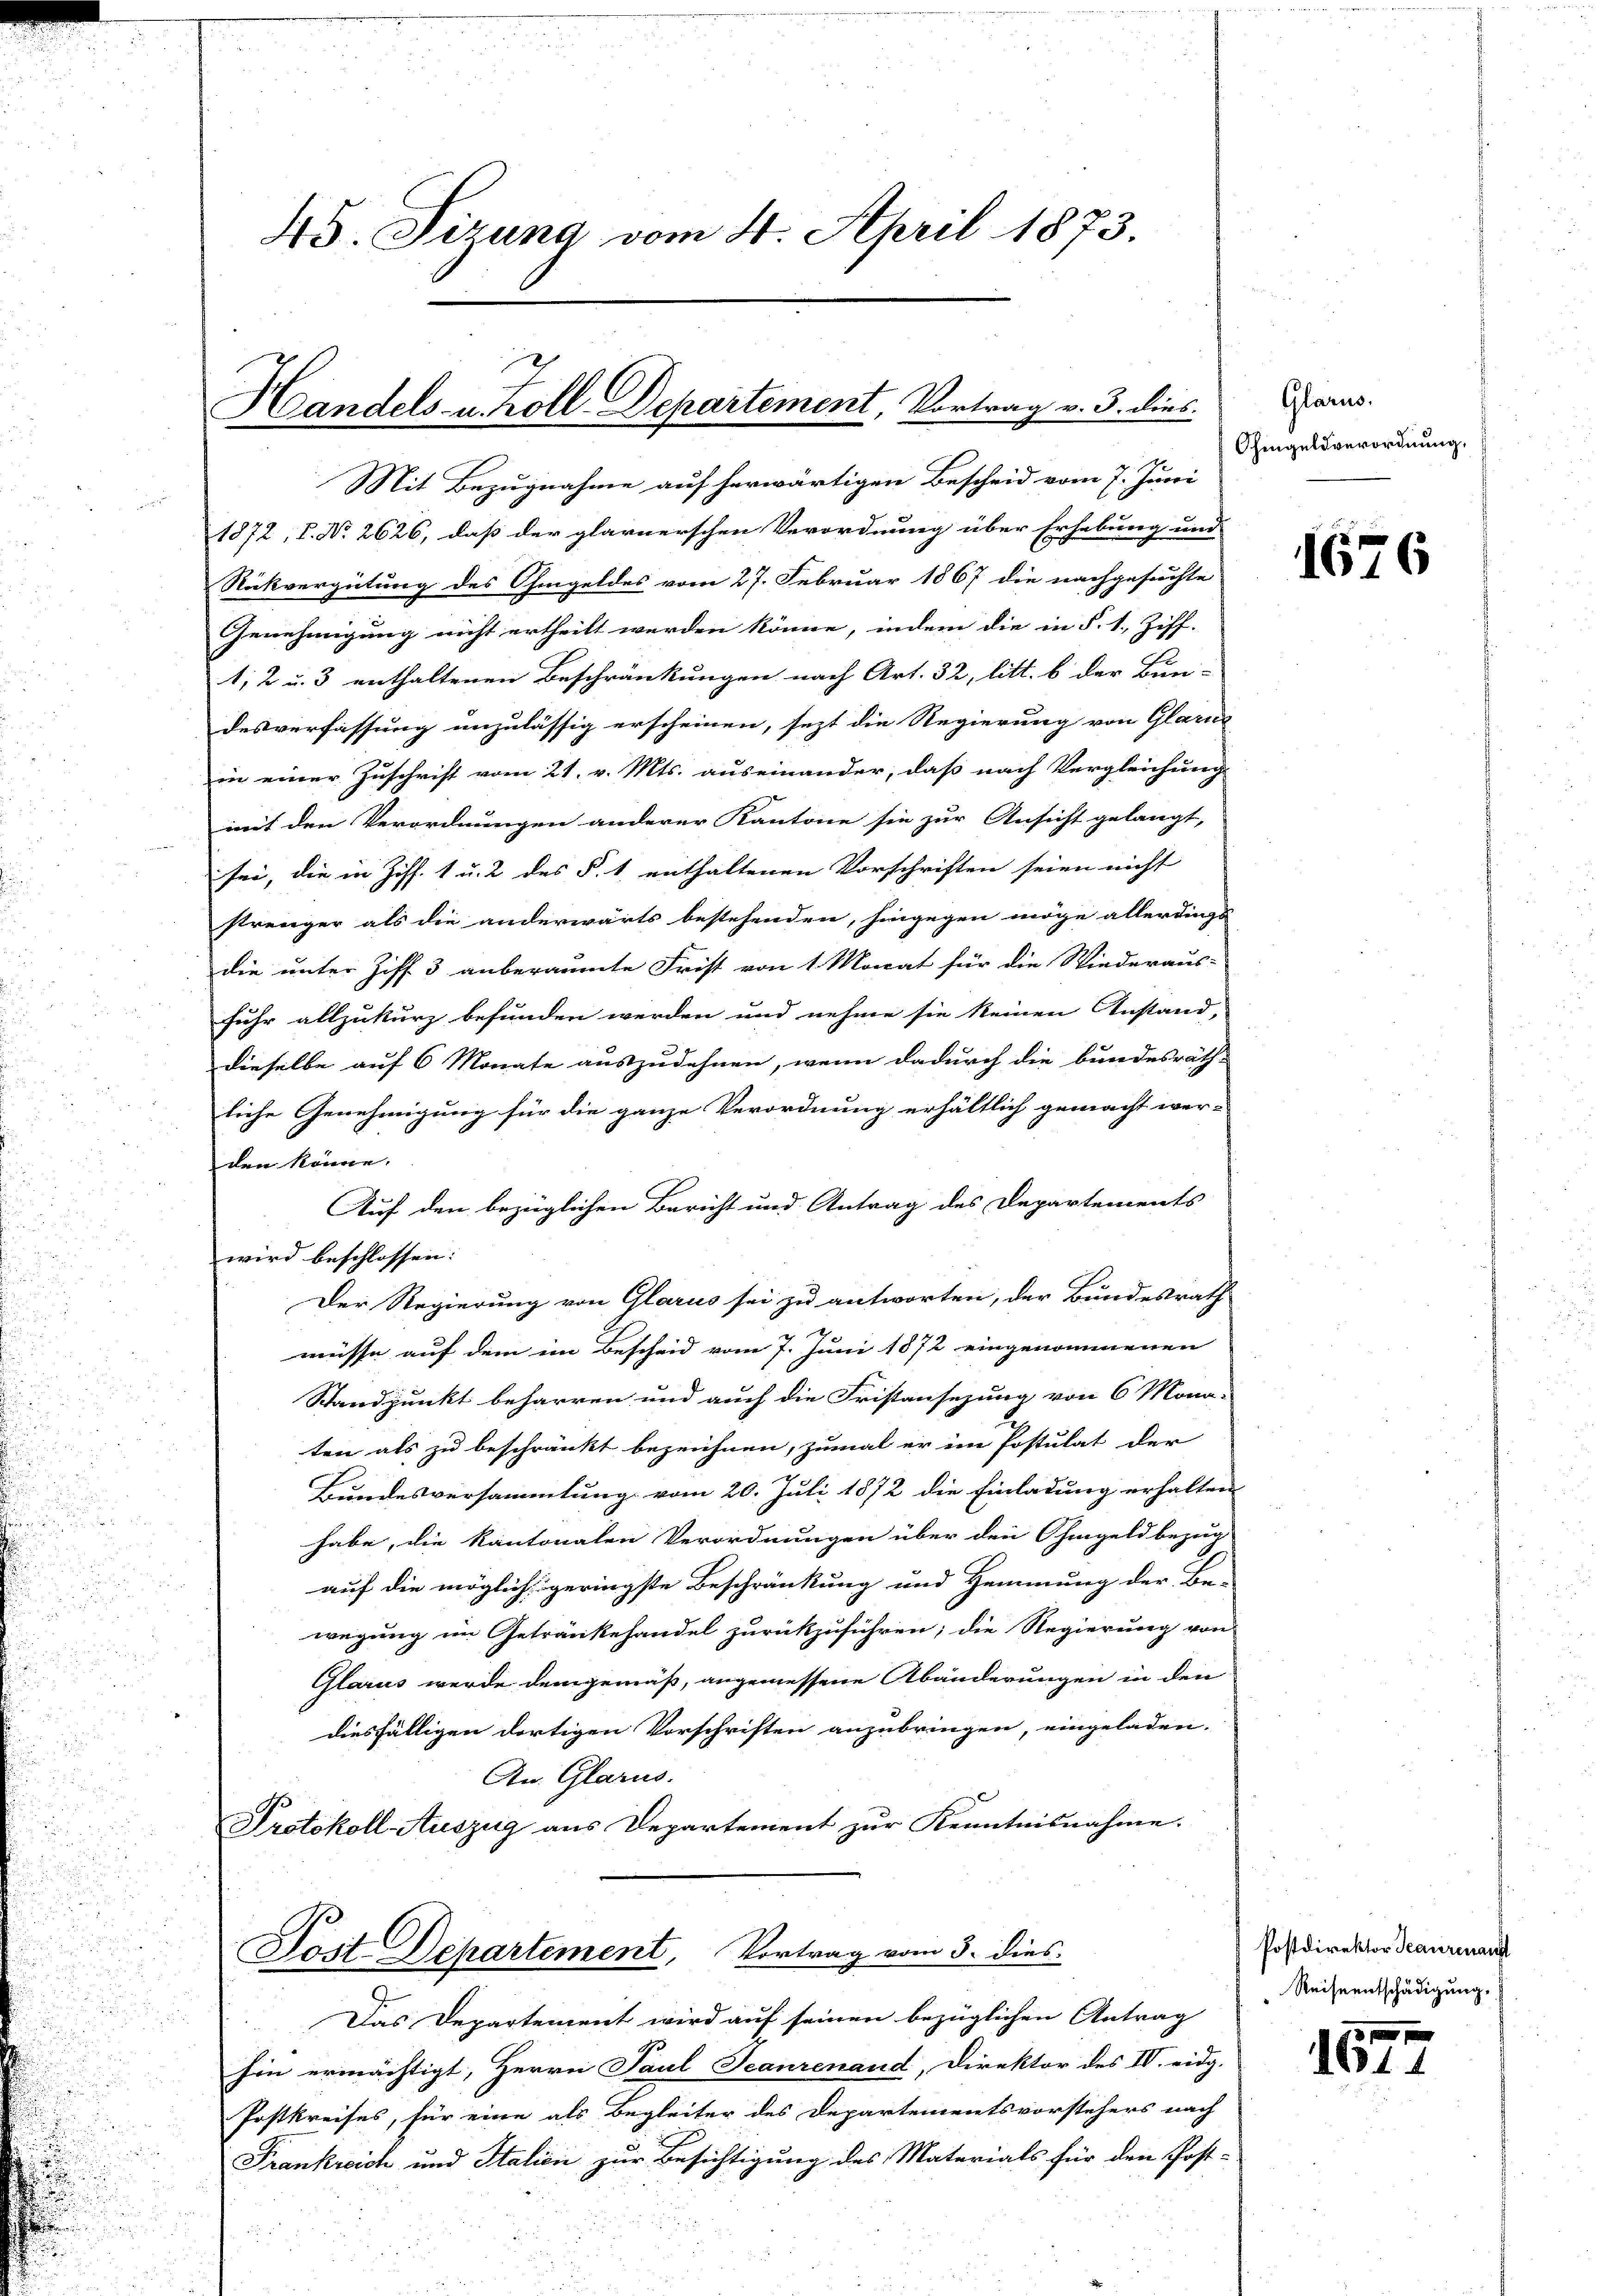
u
d

45. Sizung vom 4. April 1873.

Handels- u. Koll-Departement, Vortrag v. 3. dies

Mit Bezugnahme auf herwärtigen Bescheid vom 7. Juni
1872, I. No 2626, daß der glarnerschen Verordnung über Erhebung und
Rückvergütung des Ohmgeldes vom 27. Februar 1867 die nachgesuchte
Genehmigung nicht ertheilt werden könne, indem die in §. 1. Ziff.
1, 2 u. 3 enthaltenen Beschränkungen nach Art. 32, litt. b der Bun-
desverfassung anzulässig erscheinen, sezt die Regierung von Glarus
in einer Zuschrift vom 21. v. Mts. auseinander, daß nach Vergleichung
mit den Verordnungen anderer Kantone sie zur Ansicht gelangt,
sei, die in Ziff. 1 u. 2 des §. 1. enthaltenen Vorschriften seien nicht
strenger als die anderwärts bestehenden, hingegen möge allerdings
die unter Ziff. 3 anberaumte Frist von 1 Monat für die Wiederaus-
fuhr allzukurz befunden werden und nehme sie keinen Instand,
dieselbe auf 6 Monate auszudehnen, wenn dadurch die bundesräth-
liche Genehmigung für die ganze Verordnung erhältlich gemacht wer-
den könne.
Auf den bezüglichen Bericht und Antrag des Departements
wird beschlossen:
Der Regierung von Glarus sei zu antworten, der Bundesrath
müsse auf dem im Bescheid vom 7. Juni 1872 eingenommenen
Standpunkt beharren und auch die Fristansezung von 6 Mona-
ten als zu beschränkt bezeichnen, zumal er im Postulat der
Bundesversammlung vom 20. Juli 1872 die Einladung erhalten
habe, die kantonalen Verordnungen über den Ohmgeld bezug
auf die möglich geringste Beschränkung und Hemmung der Be-
wegung im Getränkehandel zurückzuführen; die Regierung von
Glarus werde demgemäß, angemessene Abänderungen in den
diesfälligen dortigen Vorschriften anzubringen, eingeladen.
An Glarus.
Protokoll-Auszug aus Departement zur Kenntnisnahme.
Jost Departement, Vortrag vom 3. dies
Das Departement wird auf seinen bezüglichen Antrag
hin ermächtigt, Herrn Paul Jeanzenaud, Direktor des IV. eidg.
Postkreises, für eine als Begleiter des Departementsvorstehers nach
Frankreich und Italien zur Besichtigung des Materials für den Post-

Glarus.
Ohingeldverordnung,

1676

Postdirektor Beaurenanst
Reiseentschädigung,

157.